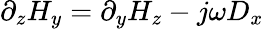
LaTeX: \partial_{z}H_{y}=\partial_{y}H_{z}-j\omega D_{x}